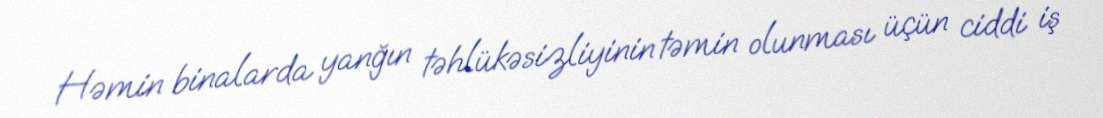
Həmin binalarda yanğın təhlükəsizliyinin təmin olunması üçün ciddi iş